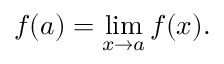
f ( a ) = \operatorname* { l i m } _ { x \rightarrow a } f ( x ) .